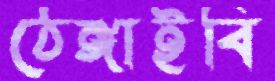
ঠেঙ্গাইবি